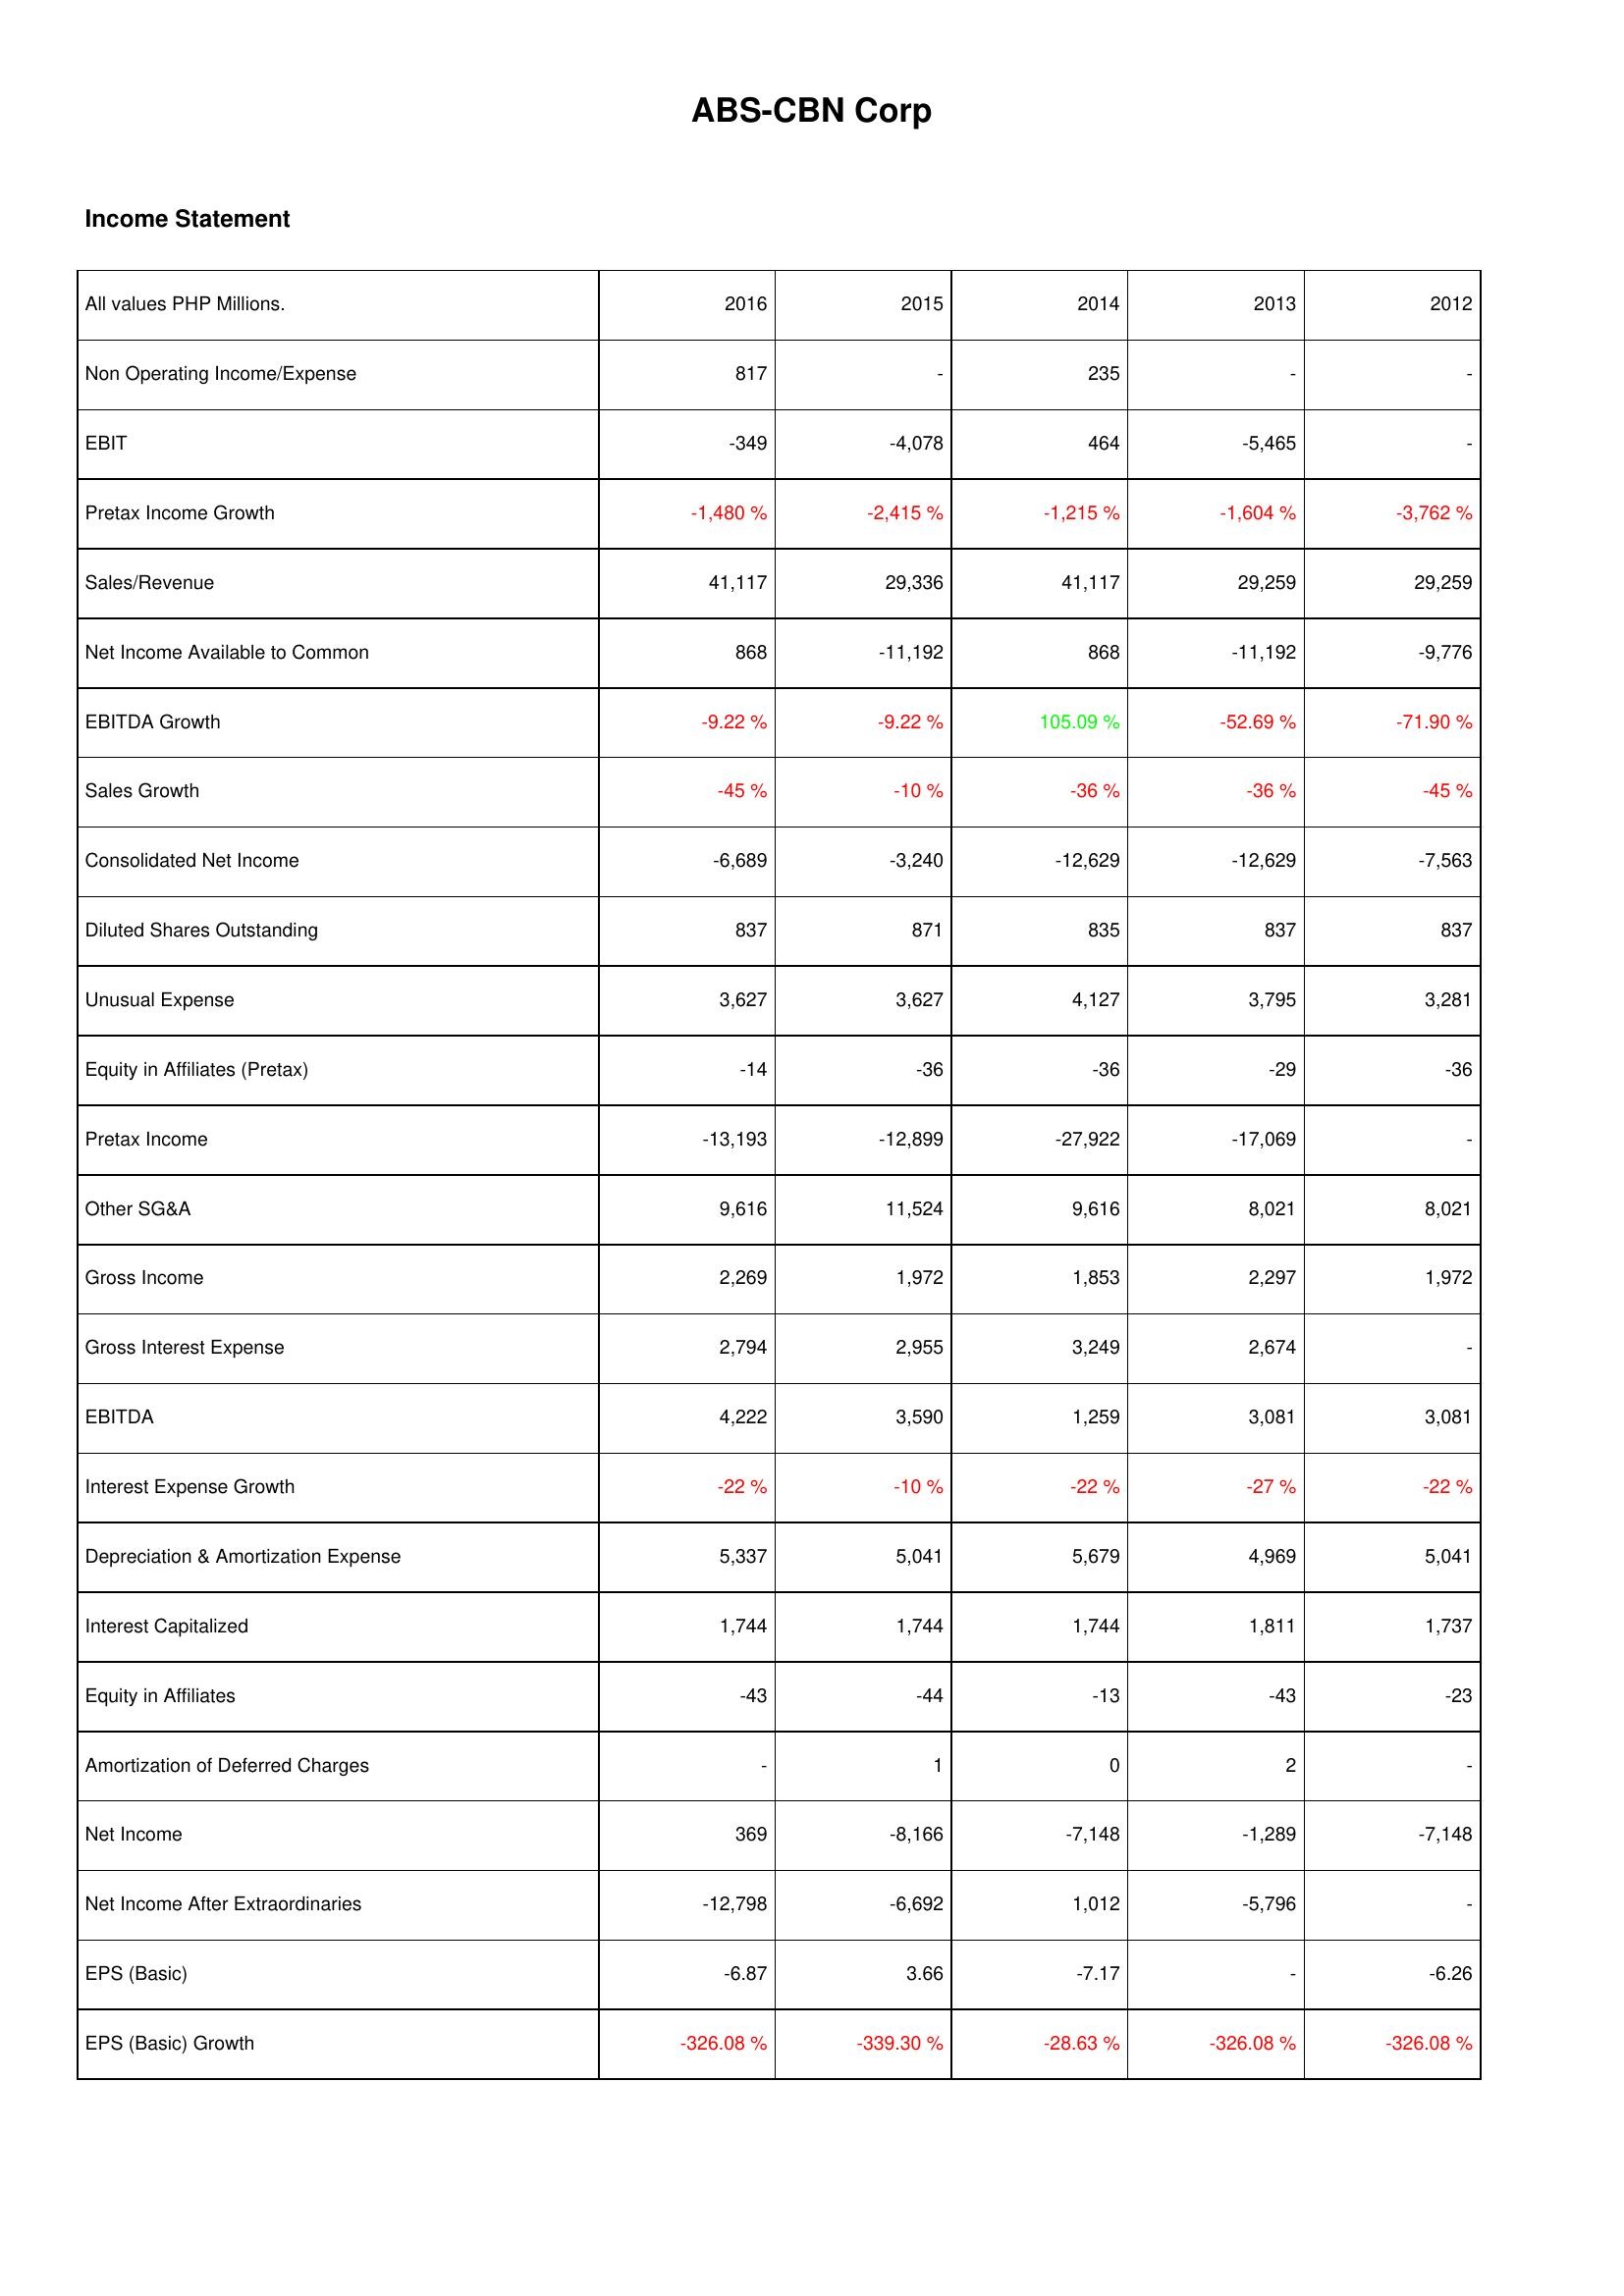
2016: Income Statement: Non Operating Income/Expense: 817
EBIT: -349
Pretax Income Growth: -1,480 %
Sales/Revenue: 41,117
Net Income Available to Common: 868
EBITDA Growth: -9.22 %
Sales Growth: -45 %
Consolidated Net Income: -6,689
Diluted Shares Outstanding: 837
Unusual Expense: 3,627
Equity in Affiliates (Pretax): -14
Pretax Income: -13,193
Other SG&A: 9,616
Gross Income: 2,269
Gross Interest Expense: 2,794
EBITDA: 4,222
Interest Expense Growth: -22 %
Depreciation & Amortization Expense: 5,337
Interest Capitalized: 1,744
Equity in Affiliates: -43
Amortization of Deferred Charges: -
Net Income: 369
Net Income After Extraordinaries: -12,798
EPS (Basic): -6.87
EPS (Basic) Growth: -326.08 %
2015: Income Statement: Non Operating Income/Expense: -
EBIT: -4,078
Pretax Income Growth: -2,415 %
Sales/Revenue: 29,336
Net Income Available to Common: -11,192
EBITDA Growth: -9.22 %
Sales Growth: -10 %
Consolidated Net Income: -3,240
Diluted Shares Outstanding: 871
Unusual Expense: 3,627
Equity in Affiliates (Pretax): -36
Pretax Income: -12,899
Other SG&A: 11,524
Gross Income: 1,972
Gross Interest Expense: 2,955
EBITDA: 3,590
Interest Expense Growth: -10 %
Depreciation & Amortization Expense: 5,041
Interest Capitalized: 1,744
Equity in Affiliates: -44
Amortization of Deferred Charges: 1
Net Income: -8,166
Net Income After Extraordinaries: -6,692
EPS (Basic): 3.66
EPS (Basic) Growth: -339.30 %
2014: Income Statement: Non Operating Income/Expense: 235
EBIT: 464
Pretax Income Growth: -1,215 %
Sales/Revenue: 41,117
Net Income Available to Common: 868
EBITDA Growth: 105.09 %
Sales Growth: -36 %
Consolidated Net Income: -12,629
Diluted Shares Outstanding: 835
Unusual Expense: 4,127
Equity in Affiliates (Pretax): -36
Pretax Income: -27,922
Other SG&A: 9,616
Gross Income: 1,853
Gross Interest Expense: 3,249
EBITDA: 1,259
Interest Expense Growth: -22 %
Depreciation & Amortization Expense: 5,679
Interest Capitalized: 1,744
Equity in Affiliates: -13
Amortization of Deferred Charges: 0
Net Income: -7,148
Net Income After Extraordinaries: 1,012
EPS (Basic): -7.17
EPS (Basic) Growth: -28.63 %
2013: Income Statement: Non Operating Income/Expense: -
EBIT: -5,465
Pretax Income Growth: -1,604 %
Sales/Revenue: 29,259
Net Income Available to Common: -11,192
EBITDA Growth: -52.69 %
Sales Growth: -36 %
Consolidated Net Income: -12,629
Diluted Shares Outstanding: 837
Unusual Expense: 3,795
Equity in Affiliates (Pretax): -29
Pretax Income: -17,069
Other SG&A: 8,021
Gross Income: 2,297
Gross Interest Expense: 2,674
EBITDA: 3,081
Interest Expense Growth: -27 %
Depreciation & Amortization Expense: 4,969
Interest Capitalized: 1,811
Equity in Affiliates: -43
Amortization of Deferred Charges: 2
Net Income: -1,289
Net Income After Extraordinaries: -5,796
EPS (Basic): -
EPS (Basic) Growth: -326.08 %
2012: Income Statement: Non Operating Income/Expense: -
EBIT: -
Pretax Income Growth: -3,762 %
Sales/Revenue: 29,259
Net Income Available to Common: -9,776
EBITDA Growth: -71.90 %
Sales Growth: -45 %
Consolidated Net Income: -7,563
Diluted Shares Outstanding: 837
Unusual Expense: 3,281
Equity in Affiliates (Pretax): -36
Pretax Income: -
Other SG&A: 8,021
Gross Income: 1,972
Gross Interest Expense: -
EBITDA: 3,081
Interest Expense Growth: -22 %
Depreciation & Amortization Expense: 5,041
Interest Capitalized: 1,737
Equity in Affiliates: -23
Amortization of Deferred Charges: -
Net Income: -7,148
Net Income After Extraordinaries: -
EPS (Basic): -6.26
EPS (Basic) Growth: -326.08 %